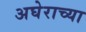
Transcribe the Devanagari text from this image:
अघेराच्या